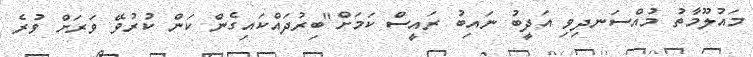
މައުލޫމާތު މުއްސަނދިވި އަދީބު ނައިބު ރައީސް ކަމަށް"ބިރުދައްކައިގެން ކަން ކުރުވޭ ވަރަށް ވުރެ